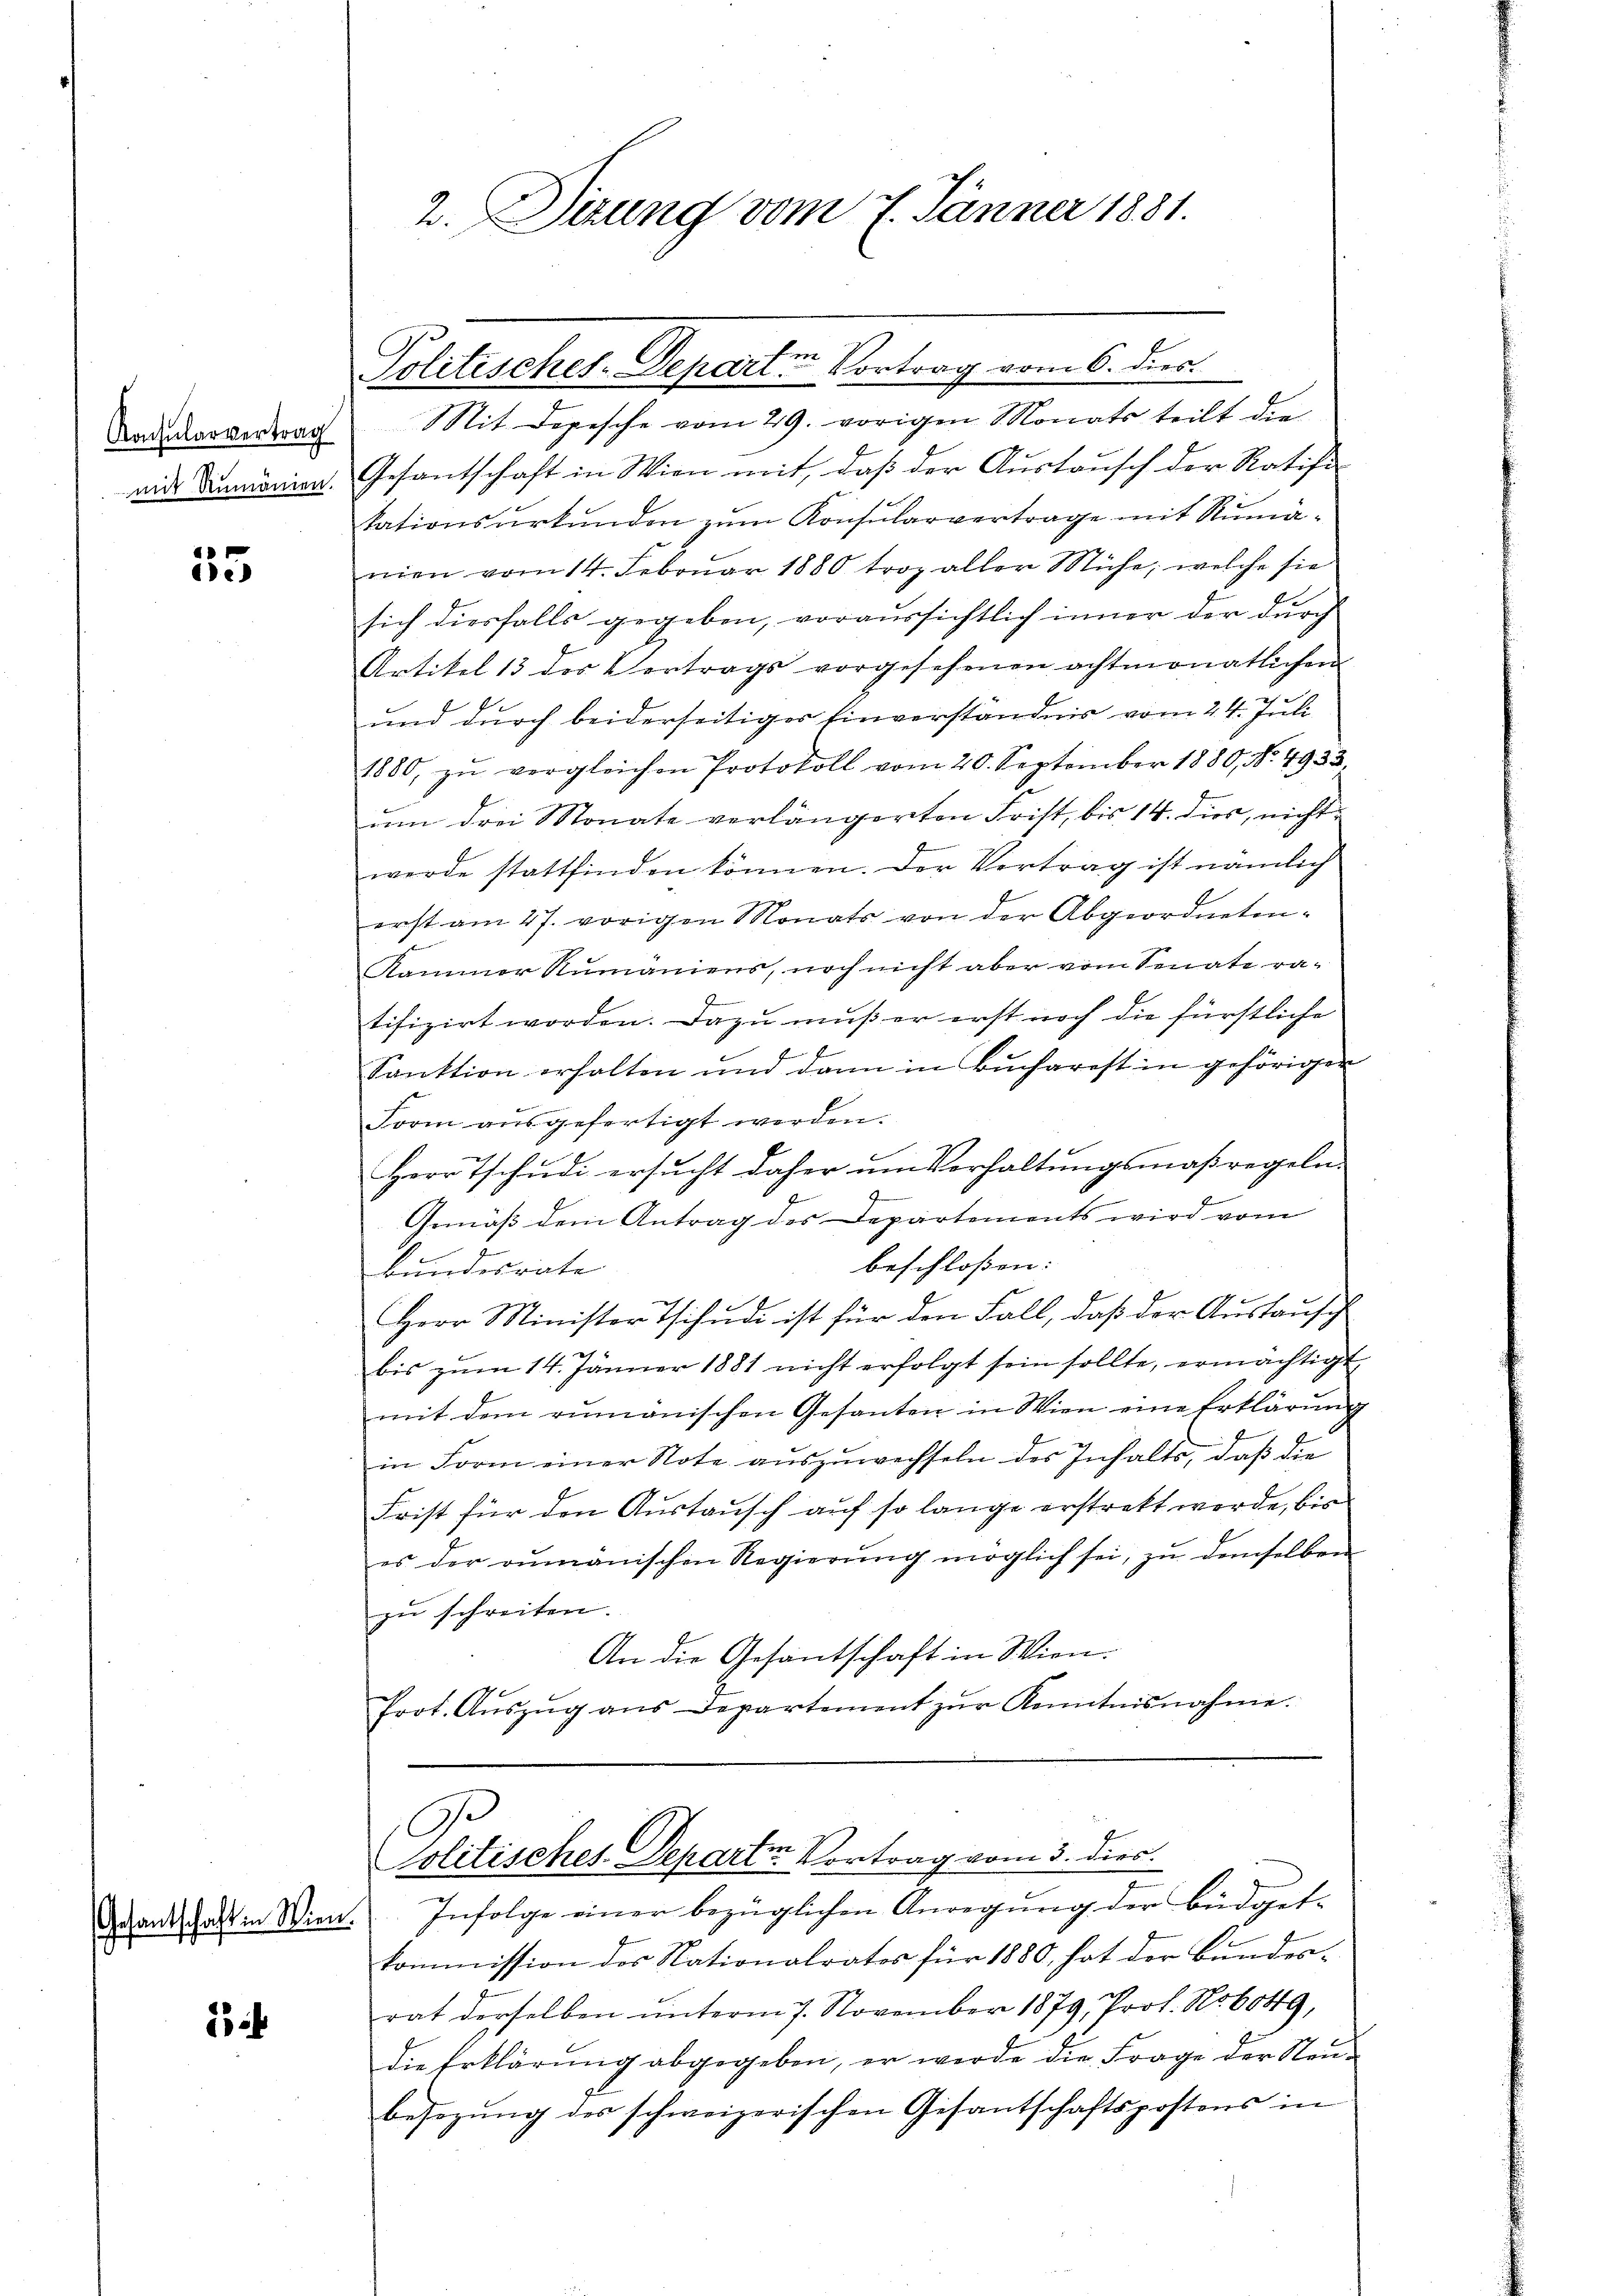
Konsularvertrag
mit Rumänien.

35

15

2. Dizung vom 7. Jänner 1881.

Politisches-Departen Vortrag vom 6. dies

Mit Depesche vom 29. vorigen Monats teilt die
Gesantschaft in Wien mit, daß der Austausch der Ratifi
kationsurkunden zum Konsularvertrage mit Rumänien vom 14. Februar 1880 troz aller Mühe, welche sie
sich diesfalls gegeben, voraussichtlich inner der durch
Artikel 13 des Vertrags vorgesehenen achtmonatlichen
und durch beiderseitiger Einverständnis vom 24. Juli
1880, zŭ vergleichen Protokoll vom 20. September 1880, No. 4933,
um drei Monate verlängerten Frist, bis 14. dies, nicht
werde stattfinden können. Der Vertrag ist nämlich
erst am 27. vorigen Monats von der Abgeordneten¬
Kammer Rumäniens, noch nicht aber vom Senate ra-
tifizirt worden. Dazu muß er erst noch die fürstliche
Sanktion erhalten und dann in Bucharest in gehörigen
Form ausgefertigt werden.
Herr Tschŭdi ersŭcht daher ŭm Vorhaltŭngsmaßregeln.
Gemäß dem Antrag des Departements wird vom
beschloßen:
Bundesrate
Herr Minister Tschudi ist für den Fall, daß der Austausch
bis zŭm 14. Jänner 1881 nicht erfolgt sein sollte, ermächtigt
mit dem rumänischen Gesanten in Wien eine Erklärung
in Form einer Note aŭszŭwechseln des Inhalte, daß die
Frist für den Austausch auf so lange erstrakt werde, bis
es der rumänischen Regierung möglich sei, zu demselben
zu schreiten.
An die Gesantschaft in Wien.
Prot. Aŭszŭg ans Departement zŭr Kenntnisnahme.

olitisches Departen Vortrag vom 3. dies

Dankschaft in Wien. Infolge einer bezüglichen Anregung der Büdget-
kommission des Nationalrates für 1880, hat der Bundes-
rat derselben unterm 7. November 1879, Prof. Nob049,
die Erklärung abgegeben, er werde die Frage der Steu-
besezung des schweizerischen Gesantschaftspostens in